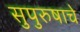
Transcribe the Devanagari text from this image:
सुपुरुषाचे